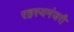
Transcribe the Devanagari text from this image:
रहस्यमंजरी